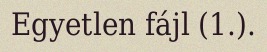
Egyetlen fájl (1.).